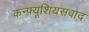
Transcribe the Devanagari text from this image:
कन्फ़्यूशियसवाद